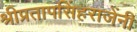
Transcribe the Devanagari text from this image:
श्रीप्रतापसिंहराजेंनी